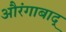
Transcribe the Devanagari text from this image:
औरंगाबाद्